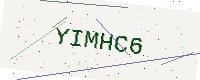
Text: YIMHC6